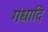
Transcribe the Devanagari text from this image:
गंधादि